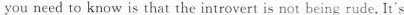
you need to know is that the introvert is not being rude. It's